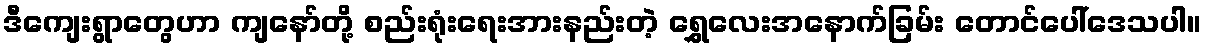
ဒီကျေးရွာတွေဟာ ကျနော်တို့ စည်းရုံးရေးအားနည်းတဲ့ ရွှေလေးအနောက်ခြမ်း တောင်ပေါ်ဒေသပါ။